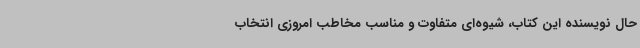
حال نویسنده این کتاب، شیوه‌ای متفاوت و مناسب مخاطب امروزی انتخاب